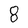
Character: 8